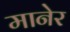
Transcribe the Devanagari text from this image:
मानेर